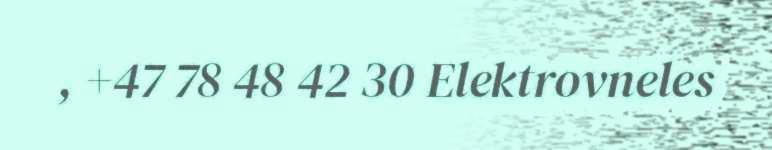
, +47 78 48 42 30 Elektrovneles